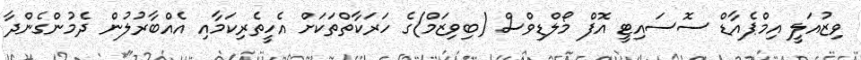
ވިޒުއަލީ އިމްޕެއާޑް ސޮސައިޓީ އޮފް މޯލްޑިވްސް (ބިވިޒަމް)ގެ ހަރަކާތްތަކަށް އެހީތެރިކަމާއި އެއްބާރުލުން ދެމުންގެންދާ